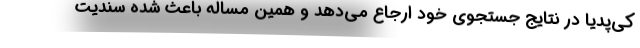
کی‌پدیا در نتایج جستجوی خود ارجاع می‌دهد و همین مساله باعث شده سندیت